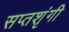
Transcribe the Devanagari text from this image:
सप्‍तशृंगी